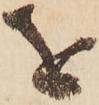
を